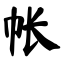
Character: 帐